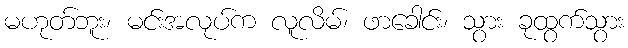
မဟုတ်ဘူး၊ မင်းအလုပ်က လူလိမ်၊ ဖာခေါင်း၊ သွား ခုထွက်သွား